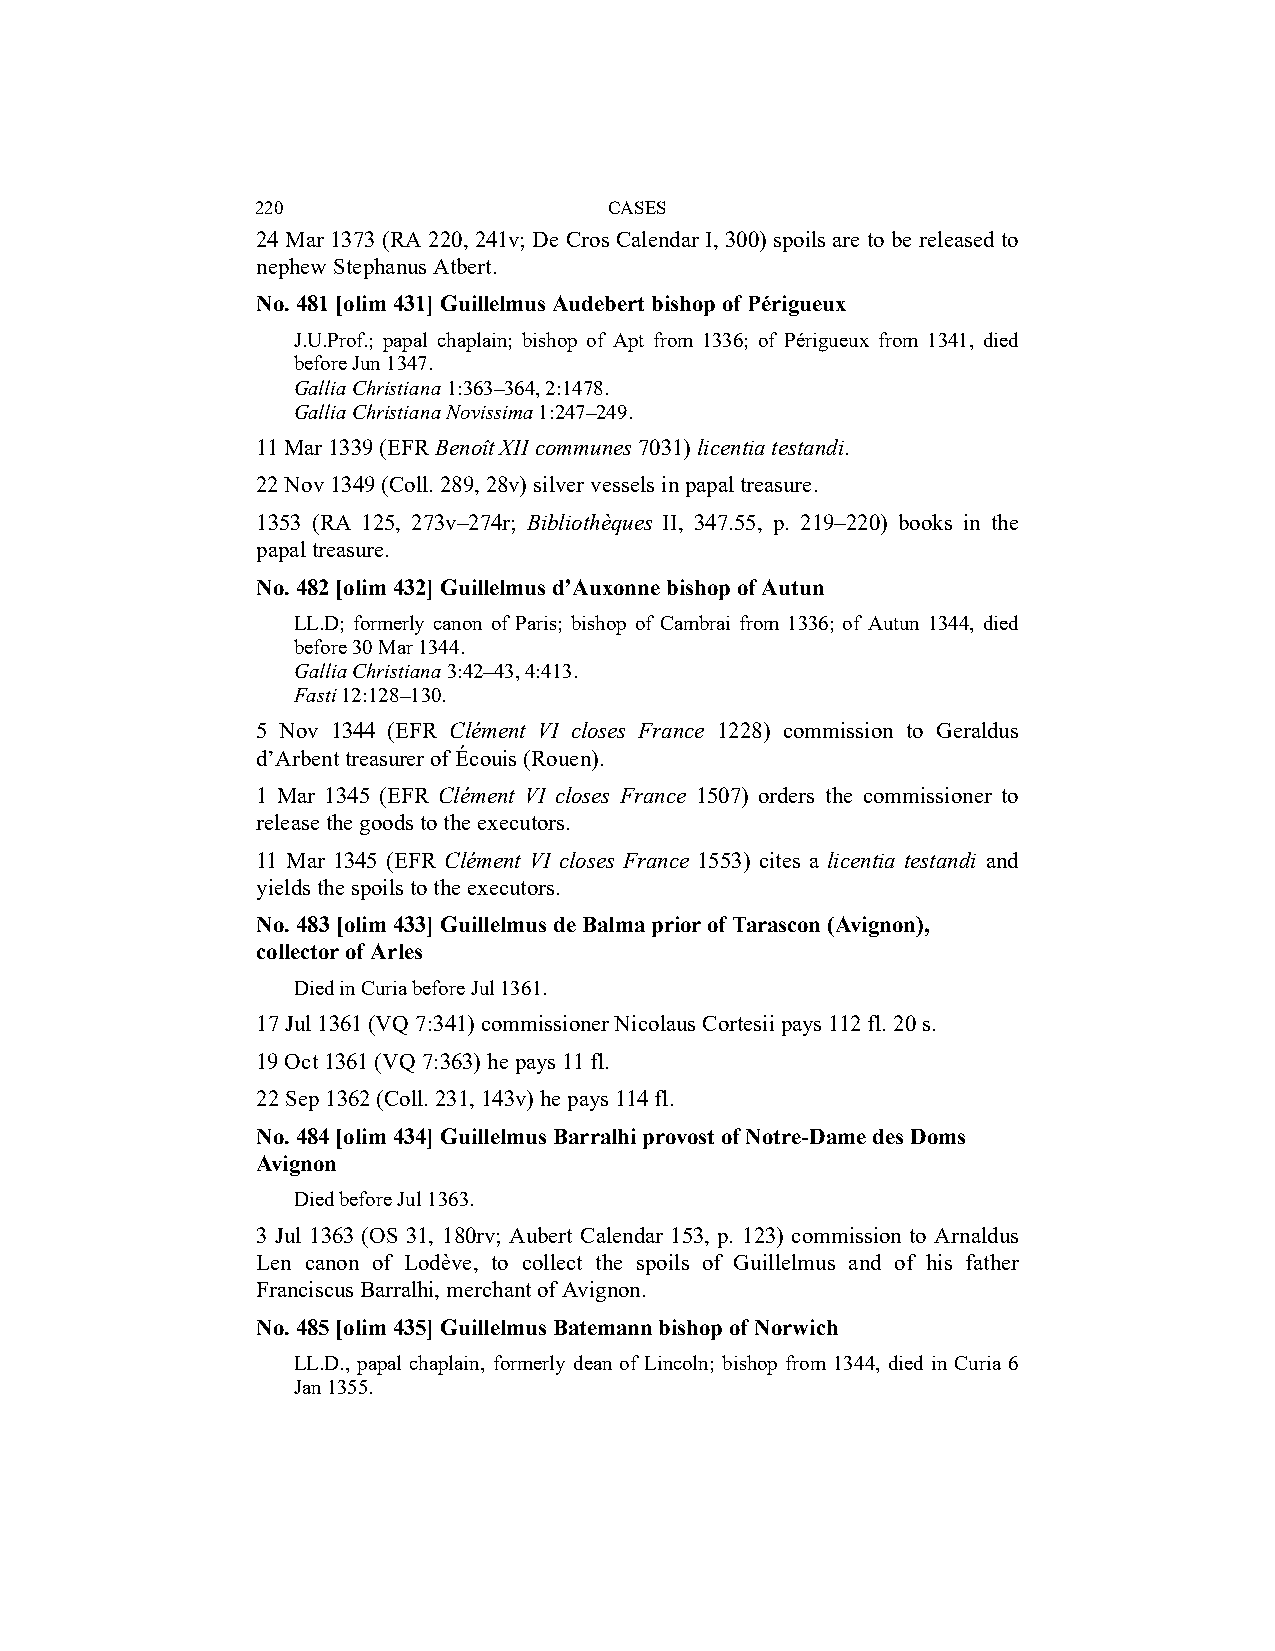
220                    CASES
 24 Mar 1373 (RA 220, 241v; De Cros Calendar I, 300) spoils are to be released to
 nephew Stephanus Atbert.
 No. 481 [olim 431] Guillelmus Audebert bishop of Périgueux
 J.U.Prof.; papal chaplain; bishop of Apt from 1336; of Périgueux from 1341, died
 before Jun 1347.
 Gallia Christiana 1:363–364, 2:1478.
 Gallia Christiana Novissima 1:247–249.
 11 Mar 1339 (EFR Benoît XII communes 7031) licentia testandi.
 22 Nov 1349 (Coll. 289, 28v) silver vessels in papal treasure.
 1353 (RA 125, 273v–274r; Bibliothèques II, 347.55, p. 219–220) books in the
 papal treasure.
 No. 482 [olim 432] Guillelmus d’Auxonne bishop of Autun
 LL.D; formerly canon of Paris; bishop of Cambrai from 1336; of Autun 1344, died
 before 30 Mar 1344.
 Gallia Christiana 3:42–43, 4:413.
 Fasti 12:128–130.
 5 Nov 1344 (EFR Clément VI closes France 1228) commission to Geraldus
 d’Arbent treasurer of Écouis (Rouen).
 1 Mar 1345 (EFR Clément VI closes France 1507) orders the commissioner to
 release the goods to the executors.
 11 Mar 1345 (EFR Clément VI closes France 1553) cites a licentia testandi and
 yields the spoils to the executors.
 No. 483 [olim 433] Guillelmus de Balma prior of Tarascon (Avignon),
 collector of Arles
 Died in Curia before Jul 1361.
 17 Jul 1361 (VQ 7:341) commissioner Nicolaus Cortesii pays 112 fl. 20 s.
 19 Oct 1361 (VQ 7:363) he pays 11 fl.
 22 Sep 1362 (Coll. 231, 143v) he pays 114 fl.
 No. 484 [olim 434] Guillelmus Barralhi provost of Notre-Dame des Doms
 Avignon
 Died before Jul 1363.
 3 Jul 1363 (OS 31, 180rv; Aubert Calendar 153, p. 123) commission to Arnaldus
 Len canon of Lodève, to collect the spoils of Guillelmus and of his father
 Franciscus Barralhi, merchant of Avignon.
 No. 485 [olim 435] Guillelmus Batemann bishop of Norwich
 LL.D., papal chaplain, formerly dean of Lincoln; bishop from 1344, died in Curia 6
 Jan 1355.